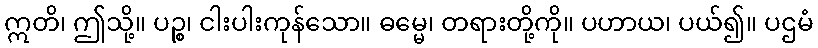
ဣတိ၊ ဤသို့။ ပဉ္စ၊ ငါးပါးကုန်သော။ ဓမ္မေ၊ တရားတို့ကို။ ပဟာယ၊ ပယ်၍။ ပဌမံ